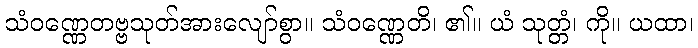
သံဝဏ္ဏေတဗ္ဗသုတ်အားလျော်စွာ။ သံဝဏ္ဏေတိ၊ ၏။ ယံ သုတ္တံ၊ ကို။ ယထာ၊